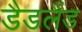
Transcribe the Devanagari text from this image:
डैडलैंड